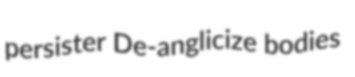
persister De-anglicize bodies